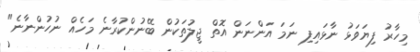
މިހާރު ފިޔަވަޅު ނާޅައިފި ނަމަ އަންނަން އޮތް ޖީލުތަކުން ބޭނުންކުރާނެ މަހެއް ނުހުންނާނެ"